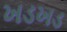
ખડખડ